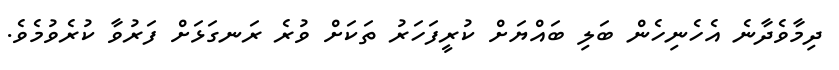
ދިމާވެދާނެ އެހެނިހެން ބަލި ބައްޔަށް ކުރީފަހަރު ތަކަށް ވުރެ ރަނގަޅަށް ފަރުވާ ކުރެވުމެވެ.